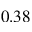
0 . 3 8